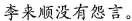
李来顺没有怨言。